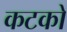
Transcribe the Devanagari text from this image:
कटको